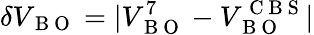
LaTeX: \delta V_{\mathrm{~B~O~}}=|V_{\mathrm{~B~O~}}^{7}-V_{\mathrm{~B~O~}}^{\mathrm{~C~B~S~}}|